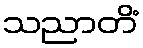
သညာတိံ